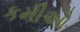
કમીઓ